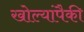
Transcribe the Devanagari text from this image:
खोल्यांपैकी